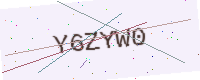
Text: Y6ZYW0